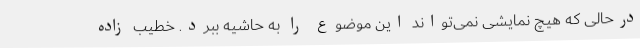
درحالی که هیچ نمایشی نمی‌تواند این موضوع را به حاشیه ببرد. خطیب زاده